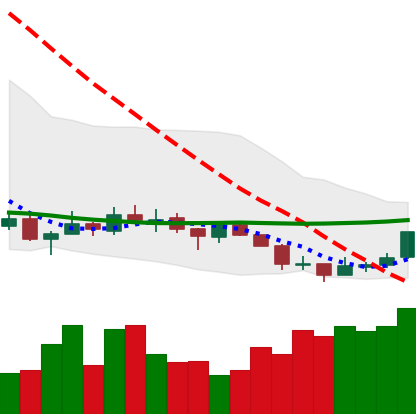
Ticker: TRX-USD
Chart end date: 2018-07-16
Forward return: -5.112%
Label: down_5_7